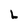
Character: L